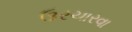
ઉરચારવા